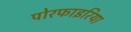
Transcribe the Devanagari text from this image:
पोरफाइरिया